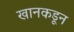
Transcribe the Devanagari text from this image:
खानकडून